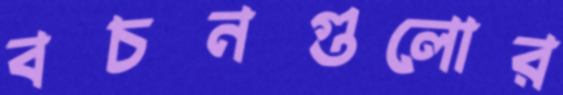
বচনগুলোর